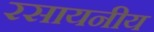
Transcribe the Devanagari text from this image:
रसायनीय